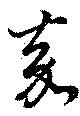
嘉